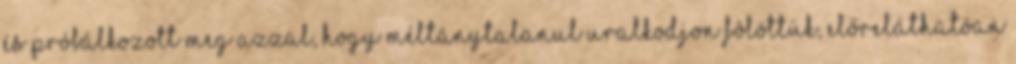
és próbálkozott meg azzal, hogy méltánytalanul uralkodjon fölöttük, előreláthatóan